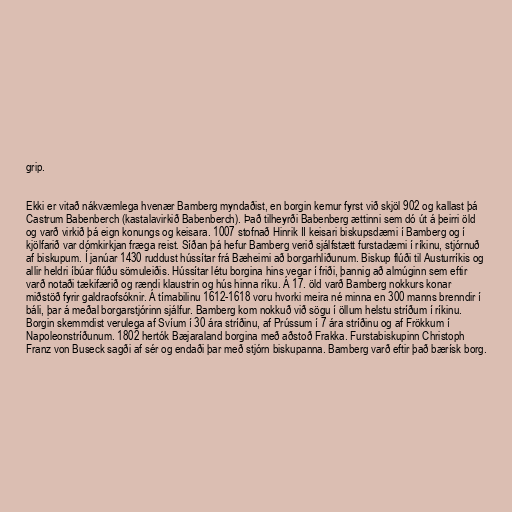
grip.

Ekki er vitað nákvæmlega hvenær Bamberg myndaðist, en borgin kemur fyrst við skjöl 902 og kallast þá
Castrum Babenberch (kastalavirkið Babenberch). Það tilheyrði Babenberg ættinni sem dó út á þeirri öld
og varð virkið þá eign konungs og keisara. 1007 stofnað Hinrik II keisari biskupsdæmi í Bamberg og í
kjölfarið var dómkirkjan fræga reist. Síðan þá hefur Bamberg verið sjálfstætt furstadæmi í ríkinu, stjórnuð
af biskupum. Í janúar 1430 ruddust hússítar frá Bæheimi að borgarhliðunum. Biskup flúði til Austurríkis og
allir heldri íbúar flúðu sömuleiðis. Hússítar létu borgina hins vegar í friði, þannig að almúginn sem eftir
varð notaði tækifærið og rændi klaustrin og hús hinna ríku. Á 17. öld varð Bamberg nokkurs konar
miðstöð fyrir galdraofsóknir. Á tímabilinu 1612-1618 voru hvorki meira né minna en 300 manns brenndir í
báli, þar á meðal borgarstjórinn sjálfur. Bamberg kom nokkuð við sögu í öllum helstu stríðum í ríkinu.
Borgin skemmdist verulega af Svíum í 30 ára stríðinu, af Prússum í 7 ára stríðinu og af Frökkum í
Napoleonstríðunum. 1802 hertók Bæjaraland borgina með aðstoð Frakka. Furstabiskupinn Christoph
Franz von Buseck sagði af sér og endaði þar með stjórn biskupanna. Bamberg varð eftir það bærísk borg.